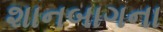
શાનબાગના